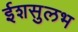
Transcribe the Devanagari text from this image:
ईशसुलभ